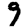
Digit: 9